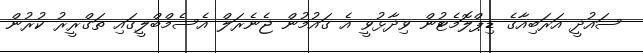
ސައުދީ އަރަބިއާގެ ޑިޕްލޮމެޓުން ވިދާޅުވީ އެ ގައުމުން ޖެނެރަލް އެސެމްބްލީގައި ތަގްރީރު ކުރުން